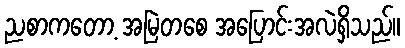
ညစာကတော့ အမြဲတစေ အပြောင်းအလဲရှိသည်။